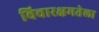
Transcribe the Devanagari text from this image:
विचारक्षमतेला